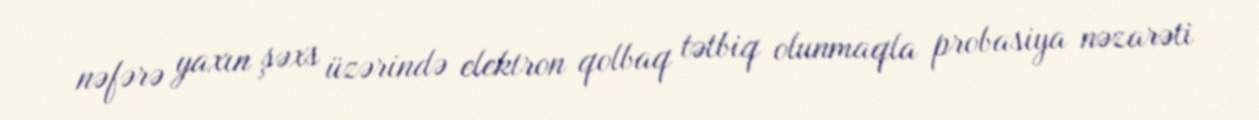
nəfərə yaxın şəxs üzərində elektron qolbaq tətbiq olunmaqla probasiya nəzarəti